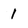
Character: 1